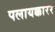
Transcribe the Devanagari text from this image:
पलायक्कारर